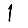
Digit: 1